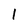
Character: 1